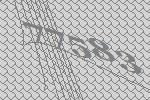
77583